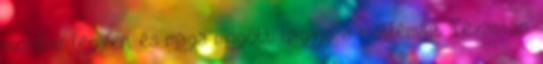
színész legyen, és maga mögött hagyja a problémáit Texasban.